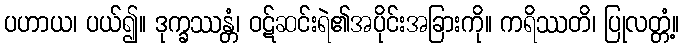
ပဟာယ၊ ပယ်၍။ ဒုက္ခဿန္တံ၊ ဝဋ်ဆင်းရဲ၏အပိုင်းအခြားကို။ ကရိဿတိ၊ ပြုလတ္တံ့။